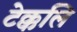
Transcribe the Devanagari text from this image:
टेक्कलि